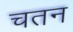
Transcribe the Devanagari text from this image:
चतन